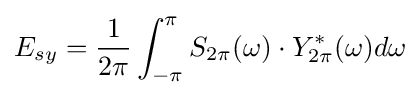
E_{sy}={\frac {1}{2\pi }}\int _{-\pi }^{\pi }{S_{2\pi }(\omega )\cdot Y_{2\pi }^{*}(\omega )d\omega }\!